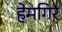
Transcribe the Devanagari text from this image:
हेमगिर